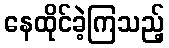
နေထိုင်ခဲ့ကြသည့်